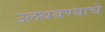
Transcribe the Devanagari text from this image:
उलथवण्याचे